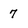
Character: 7